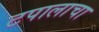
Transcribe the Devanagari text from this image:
टपालाचा